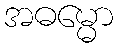
အဓမ္မော